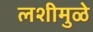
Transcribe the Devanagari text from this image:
लशीमुळे